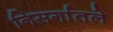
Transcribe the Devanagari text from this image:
निसर्गातले